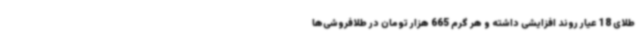
طلای 18 عیار روند افزایشی داشته و هر گرم 665 هزار تومان در طلافروشی‌ها